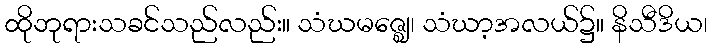
ထိုဘုရားသခင်သည်လည်း။ သံဃမဇ္ဈေ၊ သံဃာ့အလယ်၌။ နိသီဒိယ၊